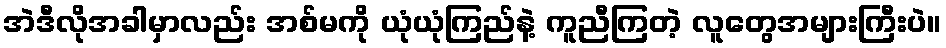
အဲဒီလိုအခါမှာလည်း အစ်မကို ယုံယုံကြည်နဲ့ ကူညီကြတဲ့ လူတွေအများကြီးပဲ။